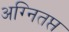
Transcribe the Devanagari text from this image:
अग्नितप्त